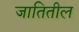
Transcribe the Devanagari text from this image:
जातितील